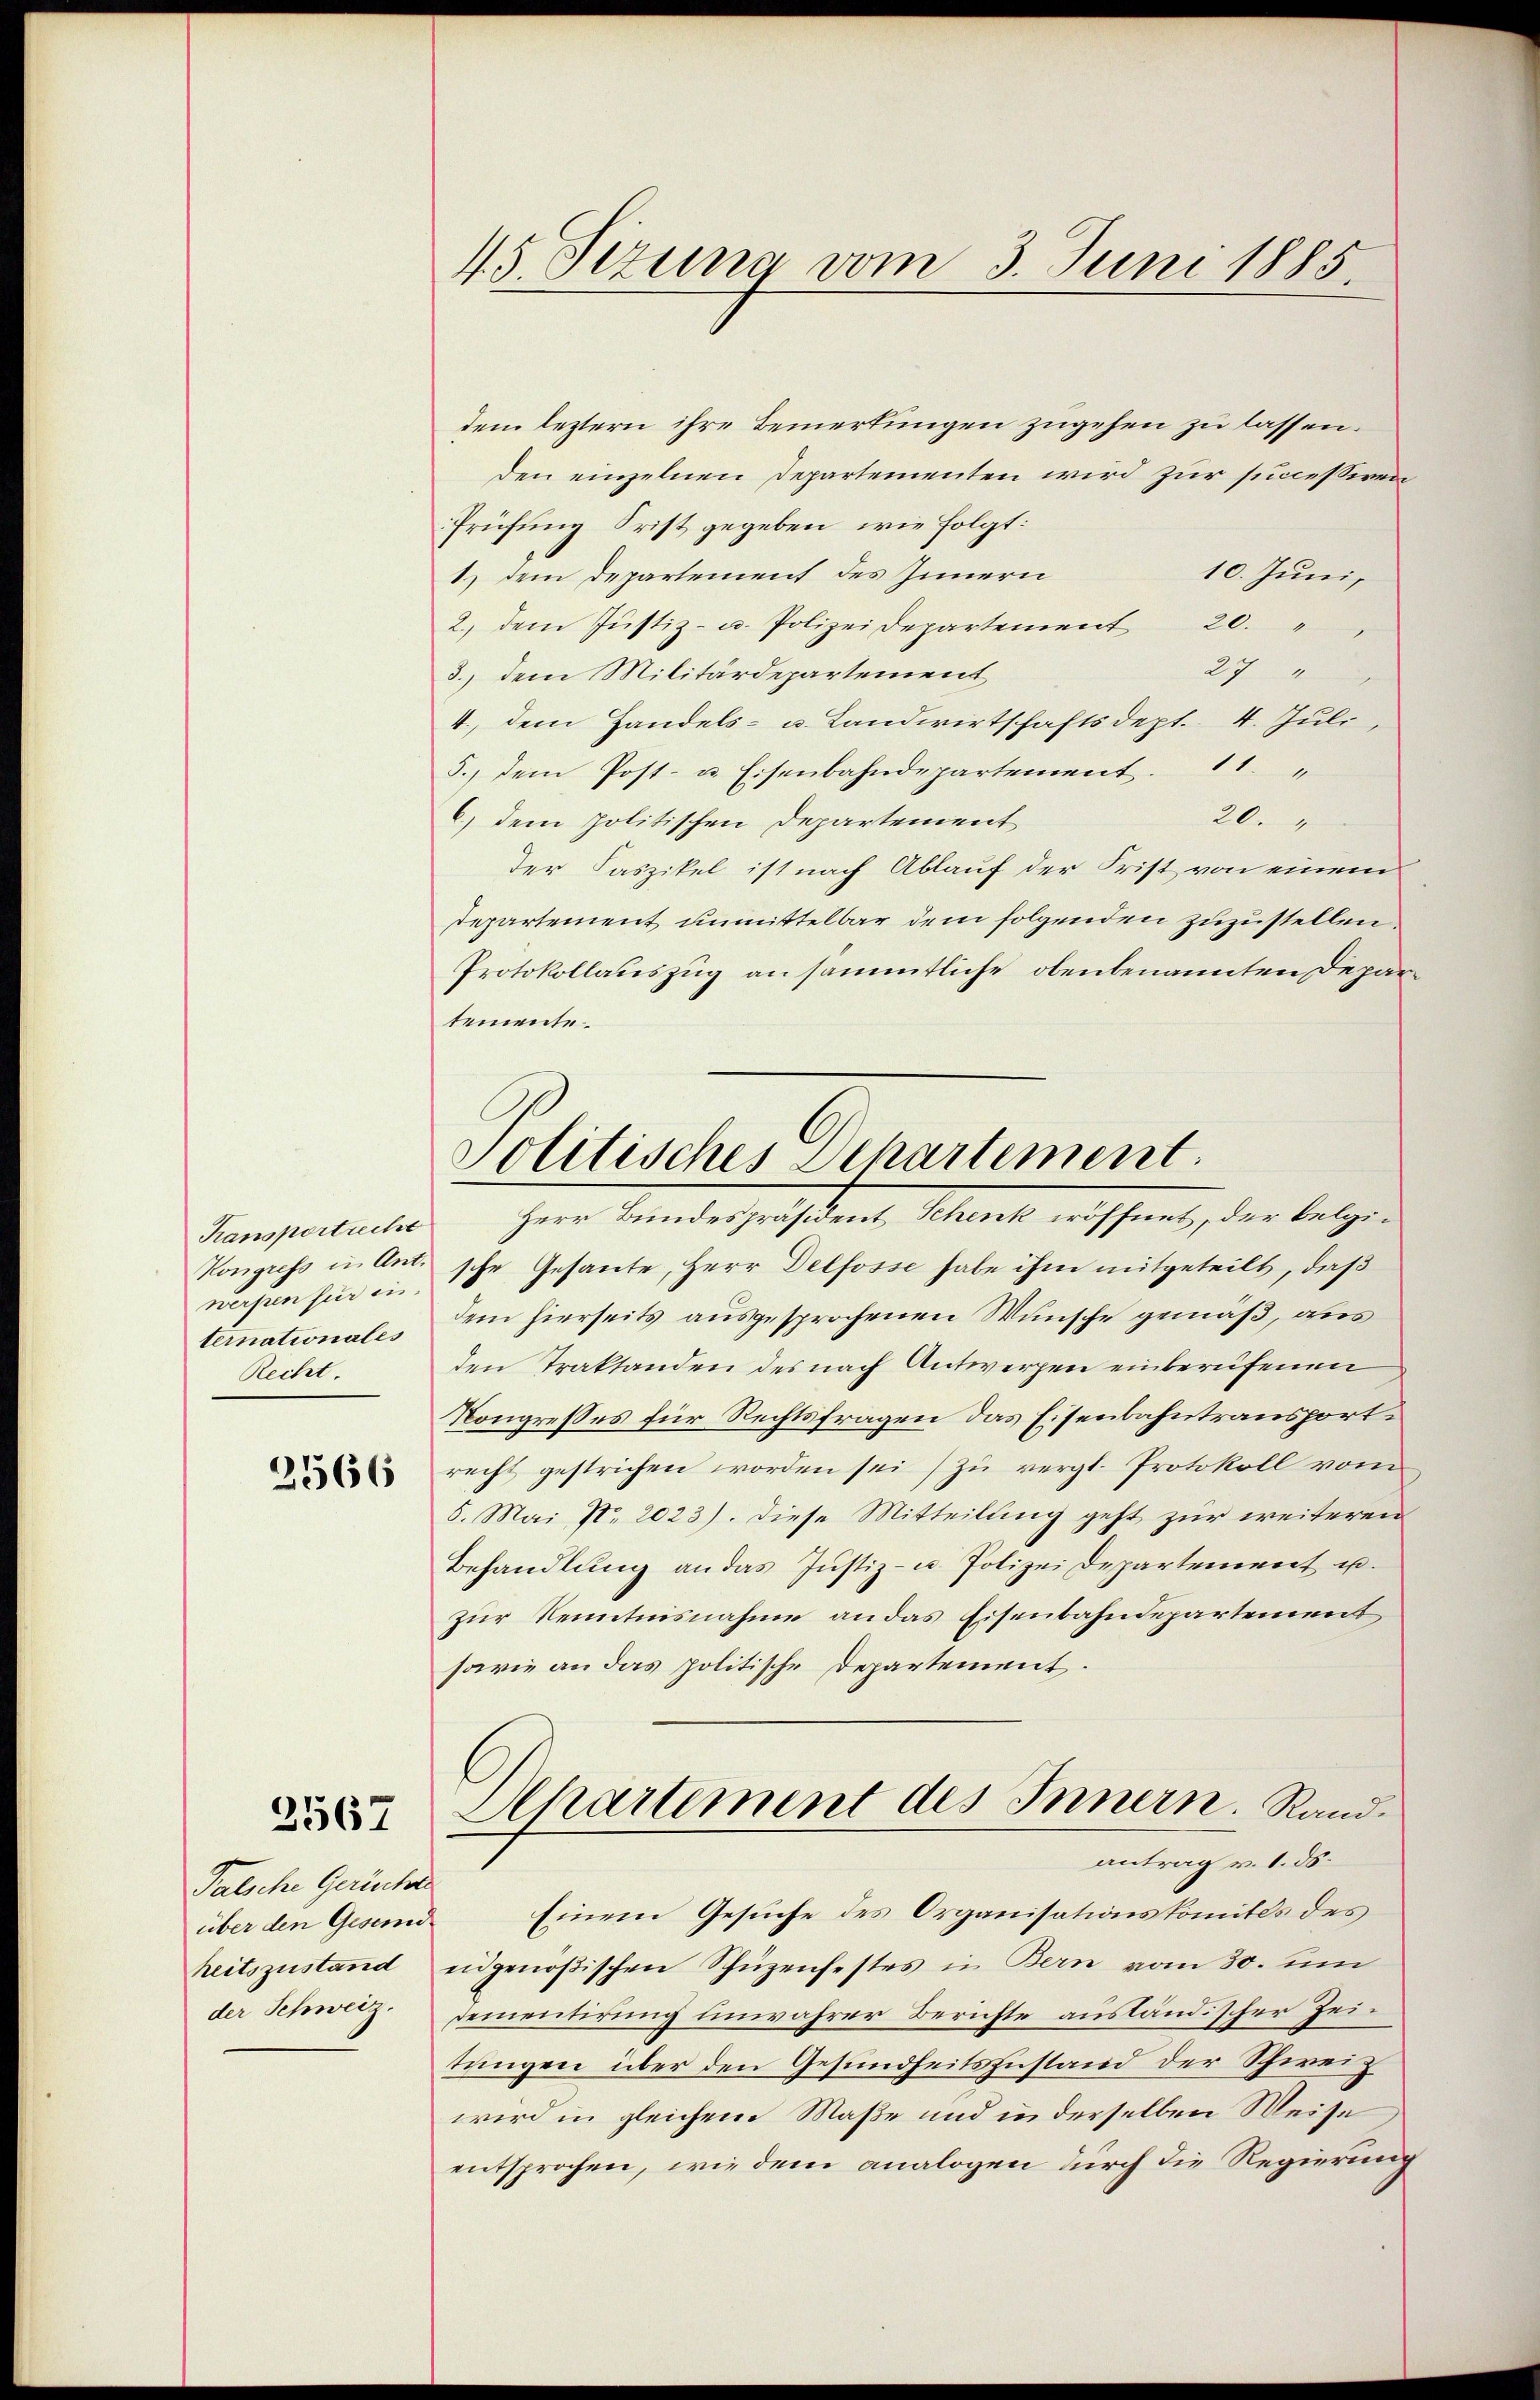
Kansportrecht
Kongress in Ant.
werfen für in
ternationales
Recht.
2566

.
3067

Palsche Gerücher
über den Gesund
heitszustand
der Schweiz.

15. Sizung vom 3. Juni 1885.

dem leztern ihre Bemerkungen zugehen zu lassen.
den einzelnen Departementen wird zur successiven
Prüfung Frist gegeben, wie folgt:
10. Juni,
1) dem Departement des Innern
2., dem Jŭstiz- u. Polizeidepartement 20. "
27
3., dem Militärdepartement
4., dem Handels- u. Landwirtschaftsdept. 4. Juli,
5., dem Post- u. Eisenbahndepartement. 11
20.
6) dem politischen Departement
der Faszikel ist nach Ablauf der Frist von einem
Departement unmittelbar dem folgenden zuzustellen
Protokollauszug an sämmtliche obenbenannten Departemente.
sche Gesante, Herr Delfosse habe ihm mitgeteilt, daß
dem hierseits ausgesprochenen Wunsche gemäß, aus
den Traktanden des nach Antwerpen einberufenen
Kongresses für Rechtsfragen das Eisenbahntransportrecht gestrichen worden sei (zu vergl. Protokoll vom
5. Mai No 2023). Diese Mitteilung geht zur weiteren
Behandlŭng an das Justiz- u. Polizei Departement u.
zur Kenntnisnahme an das Eisenbahndepartement
sarie an das politische Departement.
Departement des Innern. Rand.
antrag v. 1. ds.
Einem Gesuche des Organisationskomités des
eidgenößischen Schüzenfestes in Bern vom 30. um
dementirung unwahrer Berichte ausländischer Zeitungen über den Gesundheitszustand der Schweiz
wird in gleichem Maße und in derselben Weise
entsprochen, wie dem analogen durch die Regierung

Politisches Dehartement.
Herr Bundespräsident Schenk eröffnet, der belgi¬